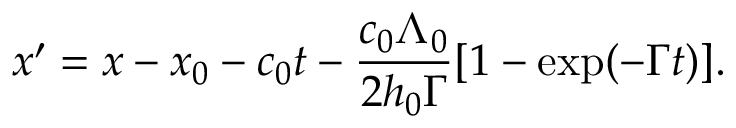
x ^ { \prime } = x - x _ { 0 } - c _ { 0 } t - \frac { c _ { 0 } \Lambda _ { 0 } } { 2 h _ { 0 } \Gamma } [ 1 - \exp ( - \Gamma t ) ] .